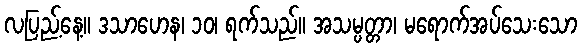
လပြည့်နေ့။ ဒသာဟေန၊ ၁၀၊ ရက်သည်။ အသမ္ပတ္တာ၊ မရောက်အပ်သေးသော